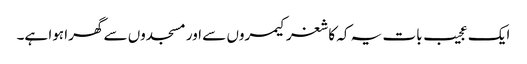
ایک عجیب بات یہ کہ کاشغر کیمروں سے اور مسجدوں سے گھرا ہوا ہے۔